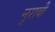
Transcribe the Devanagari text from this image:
नुराबी